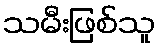
သမီးဖြစ်သူ